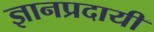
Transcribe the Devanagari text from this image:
ज्ञानप्रदायी